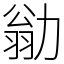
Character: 勜